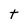
Character: t